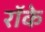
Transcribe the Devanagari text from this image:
रॉके